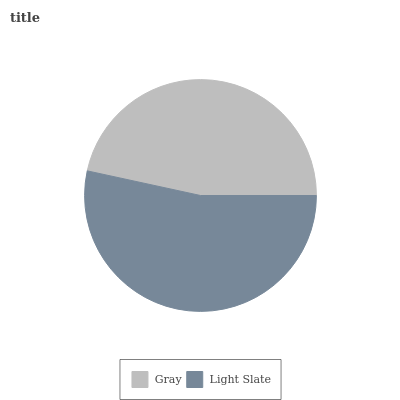
| Gray | Light Slate |
 | --- | --- |
 | 46.6% | 53.4% |